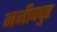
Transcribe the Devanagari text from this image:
नजीबपुर